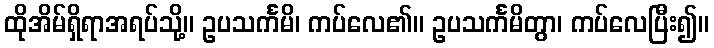
ထိုအိမ်ရှိရာအရပ်သို့။ ဥပသင်္ကမိ၊ ကပ်လေ၏။ ဥပသင်္ကမိတွာ၊ ကပ်လေပြီး၍။